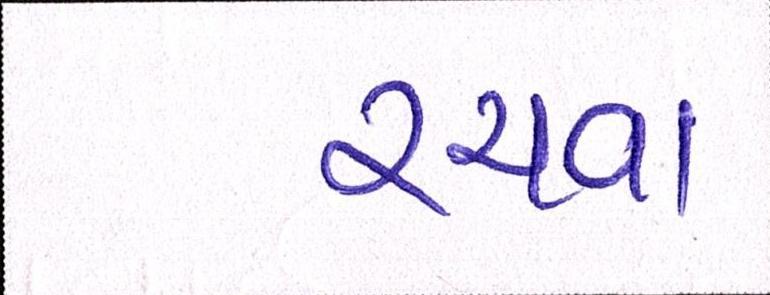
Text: રચવા